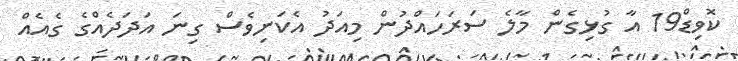
ކޮވިޑް19 އާ ގުޅިގެން މާލެ ސަރަހައްދުން މިއަދު އެކަނިވެސް ގިނަ އަދަދެއްގެ ގެއެއް